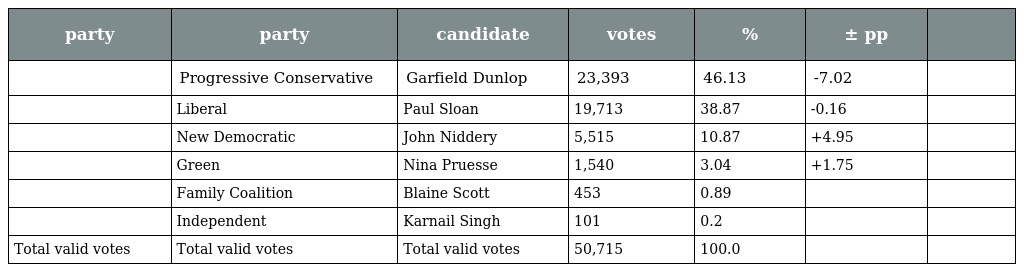
| party | party | candidate | votes | % | ± pp |  |
 | --- | --- | --- | --- | --- | --- | --- |
 |  | Progressive Conservative | Garfield Dunlop | 23,393 | 46.13 | -7.02 |  |
 |  | Liberal | Paul Sloan | 19,713 | 38.87 | -0.16 |  |
 |  | New Democratic | John Niddery | 5,515 | 10.87 | +4.95 |  |
 |  | Green | Nina Pruesse | 1,540 | 3.04 | +1.75 |  |
 |  | Family Coalition | Blaine Scott | 453 | 0.89 |  |  |
 |  | Independent | Karnail Singh | 101 | 0.2 |  |  |
 | Total valid votes | Total valid votes | Total valid votes | 50,715 | 100.0 |  |  |